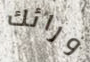
ورائك